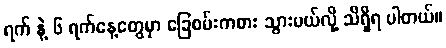
ရက် နဲ့ ၆ ရက်နေ့တွေမှာ ခြေစမ်းကစား သွားမယ်လို့ သိရှိရ ပါတယ်။